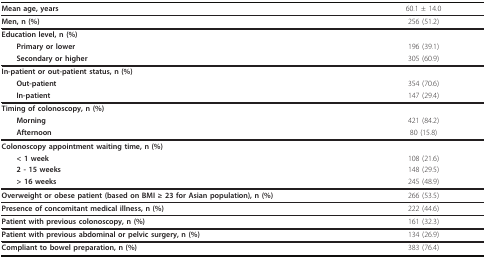
<table><thead><tr><td><b>Mean age, years</b></td><td><b>60.1 ± 14.0</b></td></tr></thead><tbody><tr><td><b>Men, n (%)</b></td><td>256 (51.2)</td></tr><tr><td><b>Education level, n (%)</b></td><td></td></tr><tr><td> <b>Primary or lower</b></td><td>196 (39.1)</td></tr><tr><td> <b>Secondary or higher</b></td><td>305 (60.9)</td></tr><tr><td><b>In-patient or out-patient status, n (%)</b></td><td></td></tr><tr><td> <b>Out-patient</b></td><td>354 (70.6)</td></tr><tr><td> <b>In-patient</b></td><td>147 (29.4)</td></tr><tr><td><b>Timing of colonoscopy, n (%)</b></td><td></td></tr><tr><td> <b>Morning</b></td><td>421 (84.2)</td></tr><tr><td> <b>Afternoon</b></td><td>80 (15.8)</td></tr><tr><td><b>Colonoscopy appointment waiting time, n (%)</b></td><td></td></tr><tr><td> <b>&lt; 1 week</b></td><td>108 (21.6)</td></tr><tr><td> <b>2 - 15 weeks</b></td><td>148 (29.5)</td></tr><tr><td> <b>&gt; 16 weeks</b></td><td>245 (48.9)</td></tr><tr><td><b>Overweight or obese patient (based on BMI ≥ 23 for Asian population), n (%)</b></td><td>266 (53.5)</td></tr><tr><td><b>Presence of concomitant medical illness, n (%)</b></td><td>222 (44.6)</td></tr><tr><td><b>Patient with previous colonoscopy, n (%)</b></td><td>161 (32.3)</td></tr><tr><td><b>Patient with previous abdominal or pelvic surgery, n (%)</b></td><td>134 (26.9)</td></tr><tr><td><b>Compliant to bowel preparation, n (%)</b></td><td>383 (76.4)</td></tr></tbody></table>